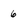
Character: 6